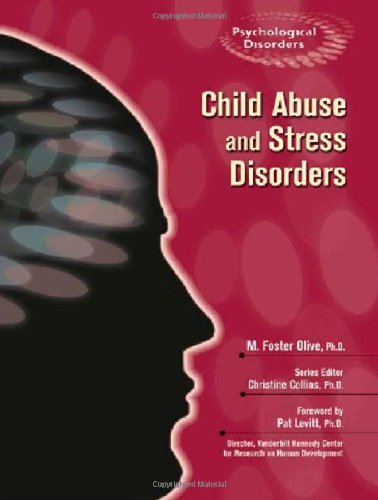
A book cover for Child Abuse And Stress Disorders (Psychological Disorders); M. Foster Olive; Teen & Young Adult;